Annual report of the Central Committee of the Association together with the report of the directors of the Pasteur Institute at Kasauli
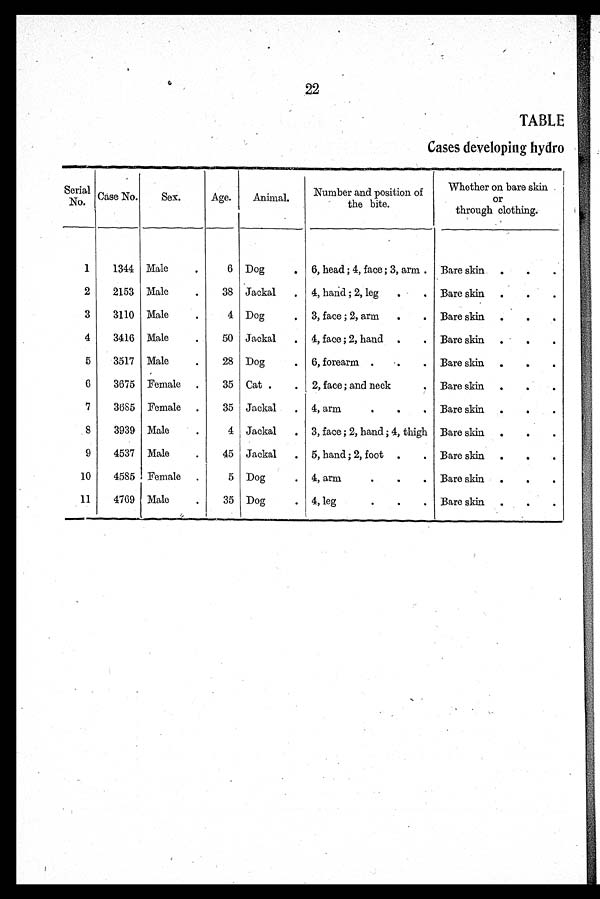
22
TABLE
Cases developing hydro
Serial
No.
Case No.
Sex.
Age.
Animal.
.
Number and position of
the bite.
Whether on bare skin
or
through clothing.
1
1344 Male
.
6 Dog
. 6, head ; 4, face ; 3, arm . Bare skin
.
.
.
2
2153 Male
.
38 Jackal
. 4, hand ; 2, leg
. Bare skin
.
.
.
3
3110 Male
4 Dog
.
3, face ; 2, arm
.
. Bare skin
.
.
.
4
3416 Male
.
50 Jackal
. 4, face ; 2, hand
.
. Bare skin
.
.
.
5
3517 Male
.
28 Dog
. 6, forearm .
. Bare skin
.
.
.
6
3675 Female
.
35 Cat .
.
2, face ; and neck
. Bare skin
.
.
.
7
3685 Female
.
35 Jackal
. 4, arm
.
.
. Bare skin
.
.
.
8
3939 Male
.
4 Jackal
. 3, face ; 2, hand ; 4, thigh Bare skin
9
4537 Male
.
45 Jackal
. 5, hand ; 2, foot .
.
Bare skin
.
.
.
10
4585 Female
.
5 Dog
4, arm
.
.
. Bare skin
.
.
.
11
4769 Male
.
35 Dog
. 4, leg
.
.
. Bare skin
.
.
.